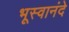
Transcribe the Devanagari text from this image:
भूस्वानंदे